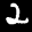
Label: 2